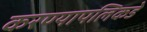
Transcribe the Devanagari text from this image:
करण्यापलिकडे